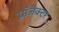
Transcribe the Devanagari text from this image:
प्रॉजेक्टर